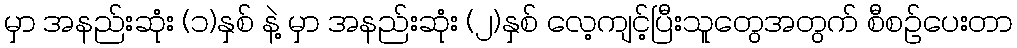
မှာ အနည်းဆုံး (၁)နှစ် နဲ့ မှာ အနည်းဆုံး (၂)နှစ် လေ့ကျင့်ပြီးသူတွေအတွက် စီစဉ်ပေးတာ